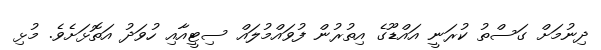
ދިނުމަށް ގަސްތު ކުރަނީ އައްޑޫގެ އިތުރުން ފުވައްމުލައް ސިޓީއާއި ހުވަދު އަތޮޅަށެވެ. މުޅި